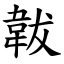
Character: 韍